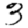
Digit: 3